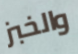
والخبز